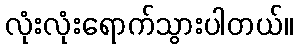
လုံးလုံးရောက်သွားပါတယ်။